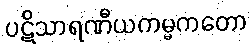
ပဋိသာရဏီယကမ္မကတော